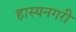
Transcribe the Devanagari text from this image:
हास्यनगरी